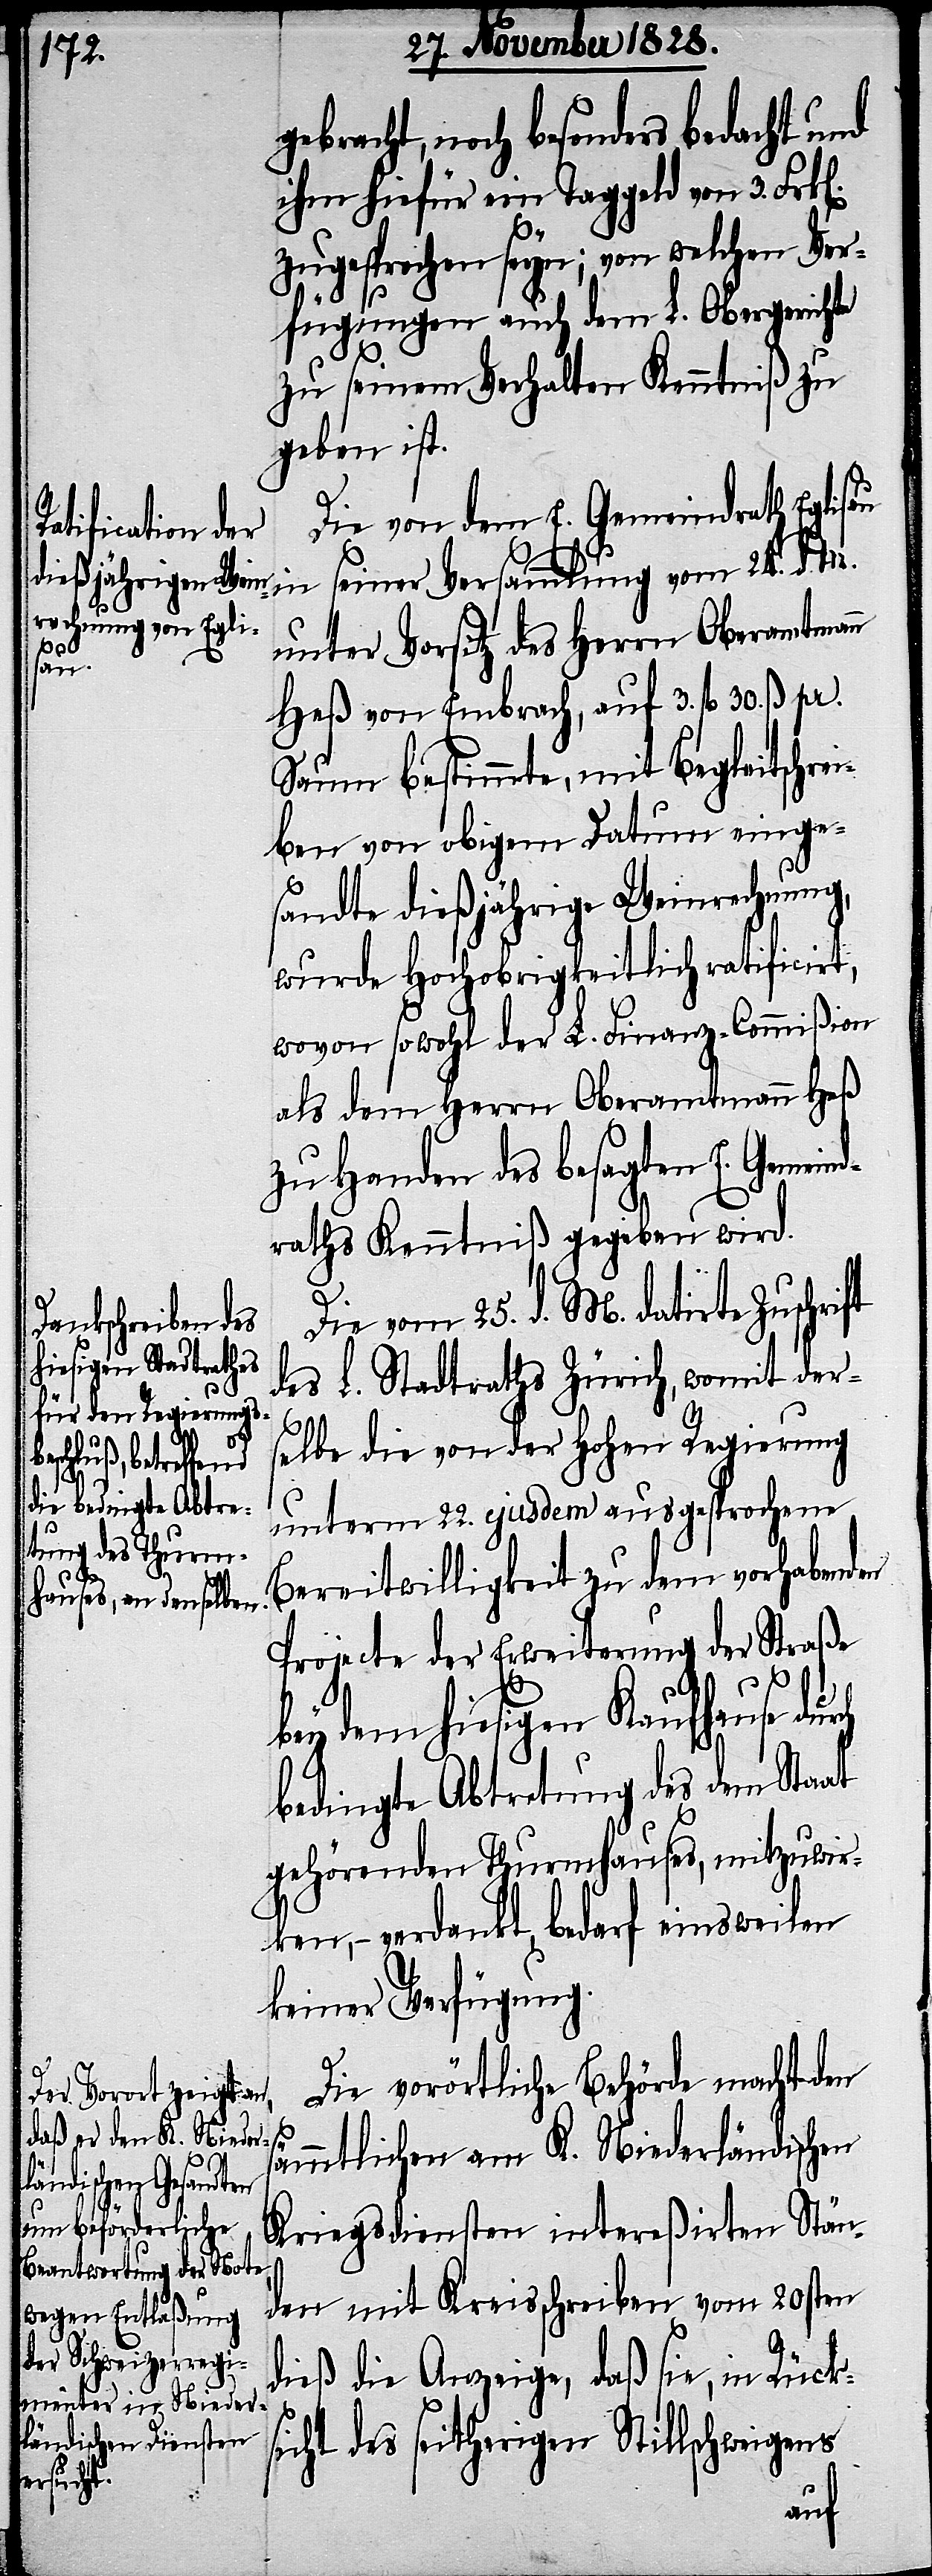
gebracht, noch besonders bedacht und
ihm hiefür ein Taggeld von 3. Frk[e¬
zugesprochen sey; von welchen Ver¬
fügungen auch dem Obergerichte
zu seinem Verhalten Kenntniß zu
geben ist.
Die von dem E. Gemeindrath Eglisau
unter Vorsitz des Herrn Oberamtmann
vom
seiner
Heß von Embrach, auf 3. fl. 30. ß. pr.
Saum bestimmte, mit Begleitschrei¬
ben von obigem Datum einge¬
sandte dießjährige Weinrechnung,
wurde Hochobrigkeitlich ratificirt,
wovon sowohl der L. Finanz-Commißion
als dem Herrn Oberamtmann Heß
zu Handen des besagten E. Gemeind¬
raths Kenntniß gegeben wird.
Die vom 25. d. M. datirte Zuschr¬
des L. Stadtraths Zürich, womit der¬
selbe die von der Hohen Regierung
unterm 22. ejusdem ausgesprochene
M.
d.
Bereitwilligkeit zu den vorhabenden
Projecte der Erweiterung der Straße
bey dem hiesigen Kaufhause du¬
bedingte Abtretung des dem Staat
gehörenden Thurmhauses, mitzuwir¬
ken, – verdankt, bedarf einsweilen
keiner Verfügung.
Die vorörtliche Behörde macht den
sämmtlichen an K. Niederländischen
Kriegsdiensten intereßirten Stän¬
den mit Kreisschreiben vom 20sten
dieß die Anzeige, daß sie, in Rück¬
sicht des seitherigen Stillschweigens
rch